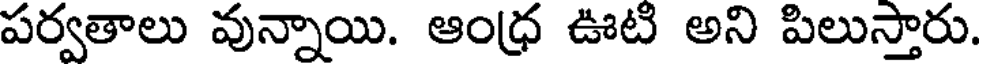
పర్వతాలు వున్నాయి. ఆంధ్ర ఊటి అని పిలుస్తారు.